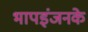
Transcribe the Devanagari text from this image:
भापइंजनके